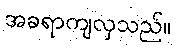
အခရာကျလှသည်။